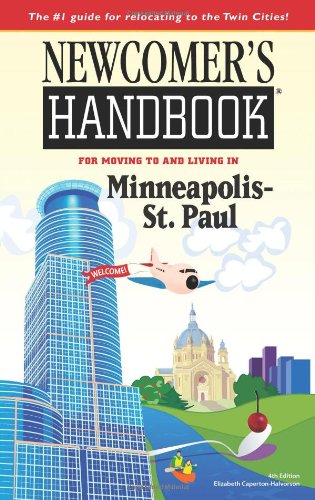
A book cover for Newcomer's Handbook for Moving to and Living in Minneapolis - St. Paul; Elizabeth Caperton-Halvorson; Travel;